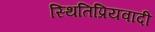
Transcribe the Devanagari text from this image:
स्थितिप्रियवादी